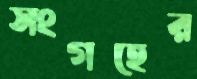
সংগহের